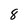
Character: 8